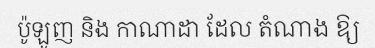
ប៉ូឡូញ និង កាណាដា ដែល តំណាង ឱ្យ